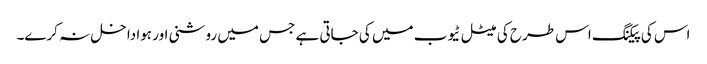
اس کی پیکنگ اس طرح کی میٹل ٹیوب میں کی جاتی ہے جس میں روشنی اور ہوا داخل نہ کرے۔